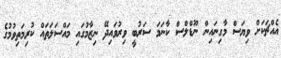
އެއްޗަކަށް ވިޔަސް މާގިނައިން ނޫޑްލްސް ކާނަމަ ސަރުބީ ވިރުވައިދޭ ނިޒާމުގައި މައްސަލަތައް ކުރިމަތިވުމުގެ